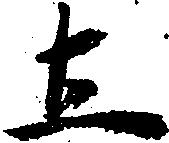
土